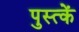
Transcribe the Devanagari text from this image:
पुस्त्कें